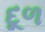
દૂળ